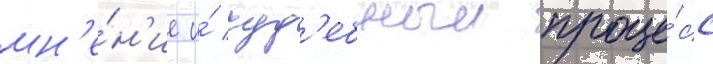
мн'е́н'ие и́ суд'ебныи проце́сс